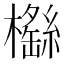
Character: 𣞿